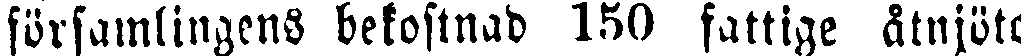
församlingens bekostnad 150 fattige åtnjöto